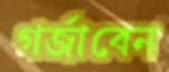
গর্‌জাবেন